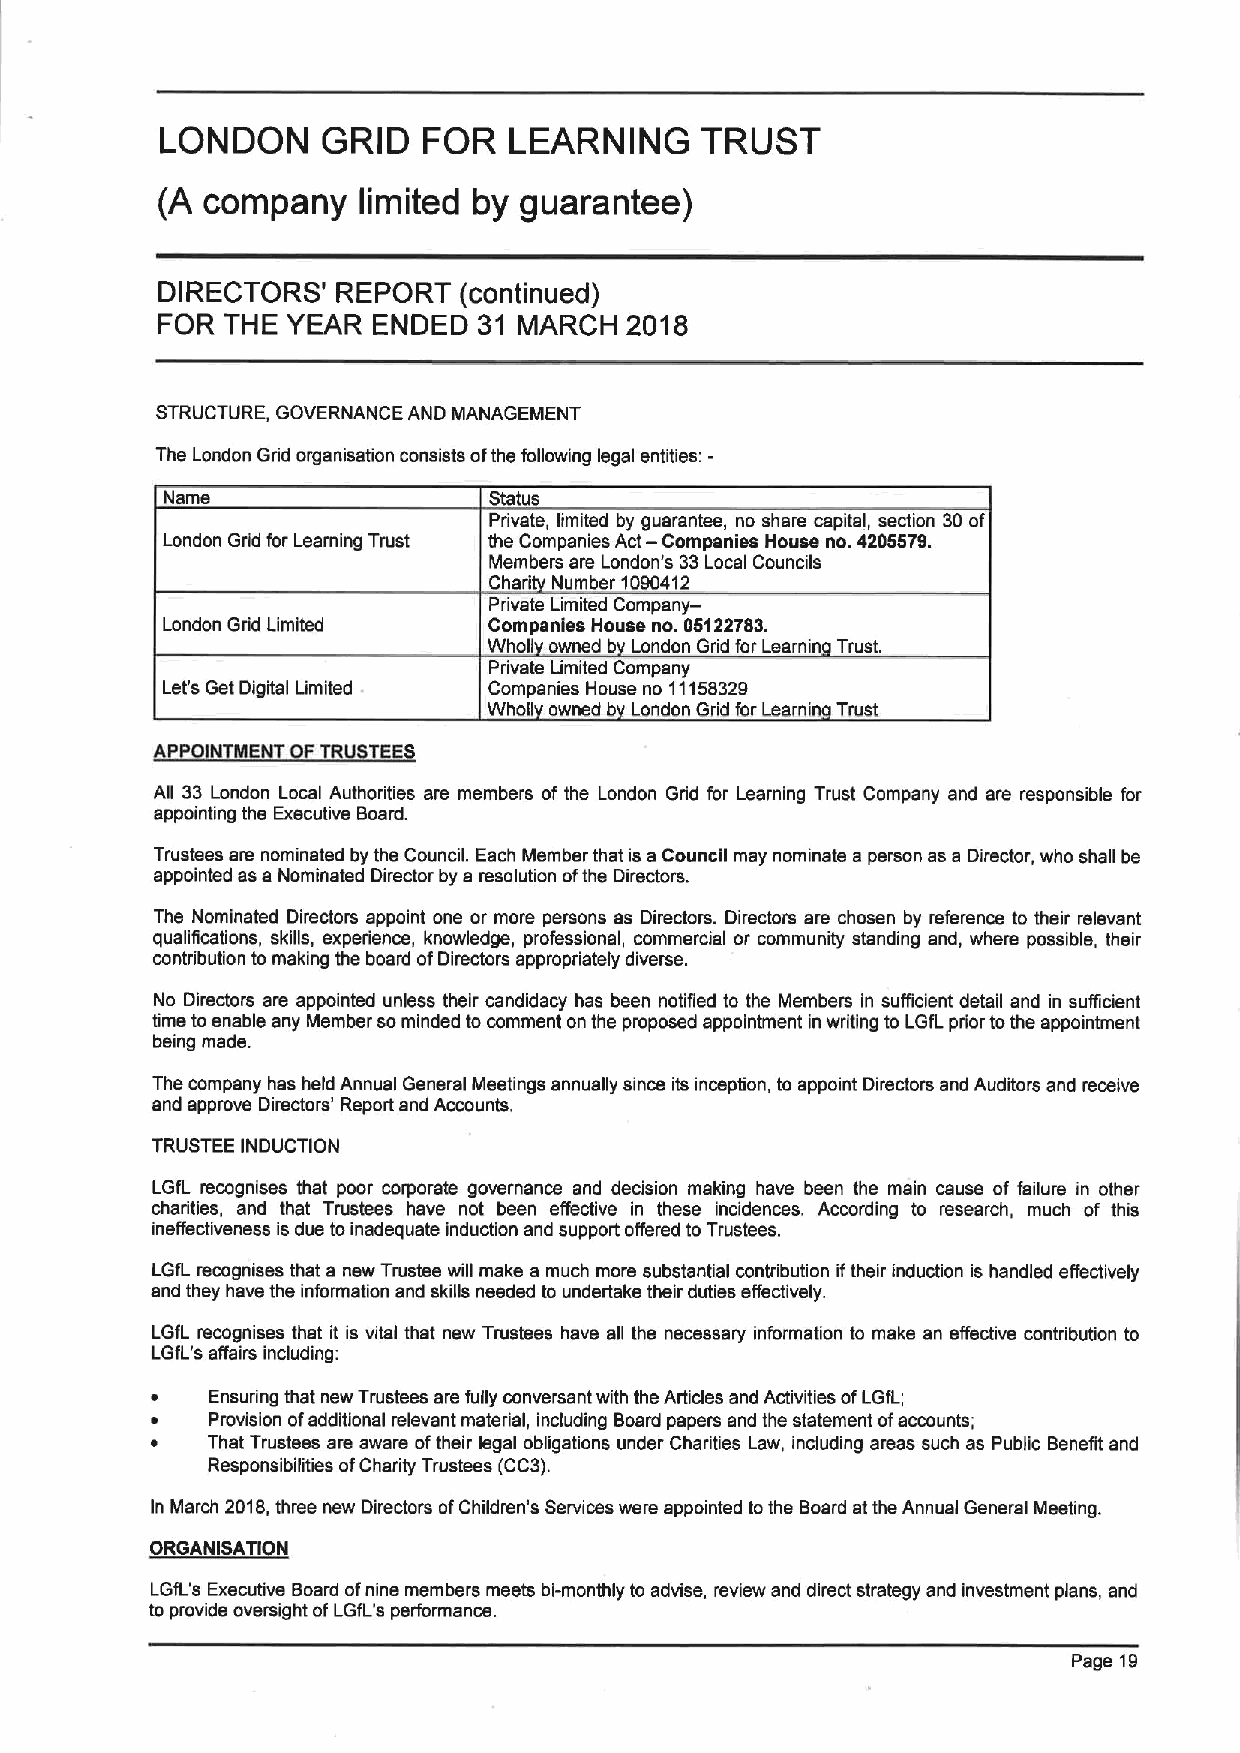
LONDON    GRID   FOR   LEARNING    TRUST
 (A company    limited by guarantee)
 DIRECTORS'  REPORT  (continued)
 FOR  THE YEAR  ENDED  31 MARCH 2018
 STRUCTURE, GOVERNANCE AND MANAGEMENT
 The London Grid organisation consists ofthe following legal entities:-
 Name                 Status
 Private, limited by guarantee, no share capital, section 30of
 London Grid for Learning Trust the Companies Act— Companies House no. 4295579.
 Members are London's 33Local Councils
 Chari Number 1090412
 Private Limited Company-
 London Grid Limited  Companles House no. 06122783.
 Whog owned b London Grid for Learnin Trust
 Private Limited Company
 Let's Get Digital Limited Companies House no 11158329
 Wholl owned b London Grid for Learnin Trust
 P  N E
 All 33 London Local Authorities are members of the London Grid for Learning Trust Company end are responsible for
 appointing the Executive Board.
 Trustees are nominated by the Council. Each Member that is a Council may nominate a person as a Director, who shall be
 appointed as a Nominated Director by a resolution ofthe Directors.
 The Nominated Directors appoint one or more persons as Directors. Directors are chosen by reference to their relevant
 qualifications, skills, experience, knowledge, professional, commercial or community standing and, where possible, their
 contribution to making the board ofDirectors appropriately diverse.
 No Directors are appointed unless their candidacy has been notified to the Members in sufficient detail and in sufficient
 time to enable any Member sominded to comment on the proposed appointment in writing to LGfLprior tothe appointment
 being made.
 The company has held Annual General Meetings annually since its inception, to appoint Directors and Auditors and receive
 and approve Directors' Report and Accounts.
 TRUSTEE INDUCTION
 LGfL recognises that poor corporate governance and decision making have been the main cause of failure in other
 charities, and that Trustees have not been effective in these incidences. According to research, much of this
 ineffectiveness is due toinadequate induction and support offered to Trustees.
 LGfL recognises that a new Trustee will make a much more substantial contribution iftheir induction is handled effectively
 and they have the information and skills needed to undertake their duties effectively.
 LGfL recognises that it is vital that new Trustees have all the necessary information to make an effective contribution to
 LGfL's affairs including:
 Ensuring that new Trustees are fully conversant with the Articles and Activities ofLGfL;
 Provision ofadditional relevant material, including Board papers and the statement ofaccounts;
 That Trustees are aware oftheir legal obligations under Charities Law, including areas such as Public Benefit and
 Responsibilities ofCharity Trustees (CC3).
 In March 2018,three new Directors ofChildren's Services were appointed tothe Board at the Annual General Meeting.
 ~ORGAHISATI 9
 LGfL's Executive Board ofnine members meets bi-monthly to advise, review and direct strategy and investment plans, and
 to provide oversight ofLGfL's performance.
 Page 19